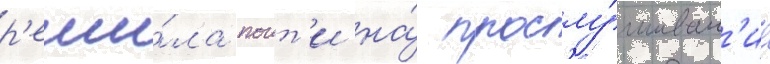
р'еши́ла поит'и на́ прослу́шиван'ие